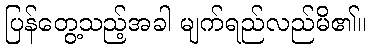
ပြန်တွေ့သည့်အခါ မျက်ရည်လည်မိ၏။